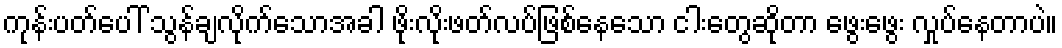
ကုန်းပတ်ပေါ် သွန်ချလိုက်သောအခါ ဖိုးလိုးဖတ်လပ်ဖြစ်နေသော ငါးတွေဆိုတာ ဖွေးဖွေး လှုပ်နေတာပဲ။